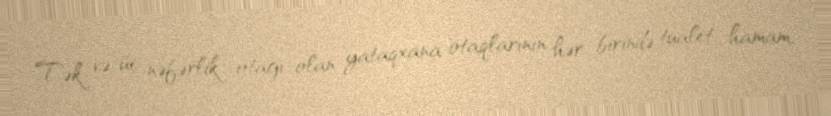
Tək və üç nəfərlik otağı olan yataqxana otaqlarının hər birində tualet, hamam,